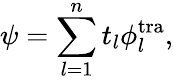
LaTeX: \psi=\sum_{l=1}^{n}t_{l}\phi_{l}^{\mathrm{tra}},